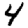
Digit: 4